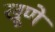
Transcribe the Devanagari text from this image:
खूणे